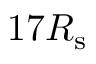
1 7 R _ { \mathrm { s } }